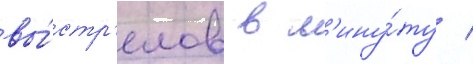
вы́стр'елов в м'ину́ту /